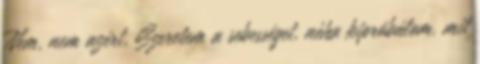
Nem, nem azért. Szeretem a sebességet, néha kipróbálom, mit